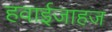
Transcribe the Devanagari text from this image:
हवाईजाहज